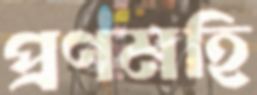
প্রণমহি